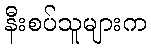
နီးစပ်သူများက